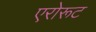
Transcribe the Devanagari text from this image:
एरोरूट